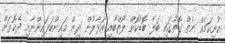
އުނިކަމެއް ނެތް ގޮތުގައި ބަލާ ބޮޑުކޮށް ލޯތްބާއި އަޅާލުން ދިން މައިންބަފައިންނާއި ދެކޮޅަށް